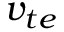
v _ { t e }